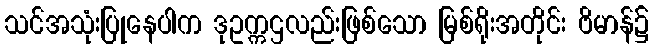
သင်အသုံးပြုနေပါက ဒုဥက္ကဌလည်းဖြစ်သော မြစ်ရိုးအတိုင်း ဗိမာန်၌